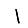
Digit: 1